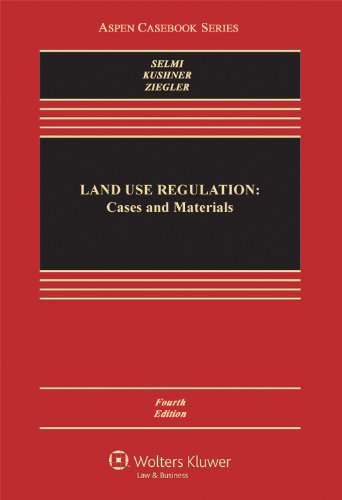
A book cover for Land Use Regulation: Cases and Materials, Fourth Edition (Aspen Casebook); Daniel P. Selmi; Law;